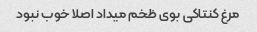
مرغ کنتاکی بوی ظخم میداد اصلا خوب نبود